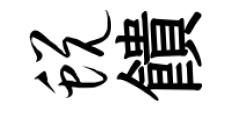
蜕饋